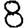
Digit: 8